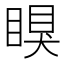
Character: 瞁